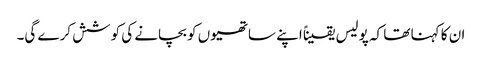
ان کا کہنا تھا کہ پولیس یقیناً اپنے ساتھیوں کو بچانے کی کوشش کرے گی۔